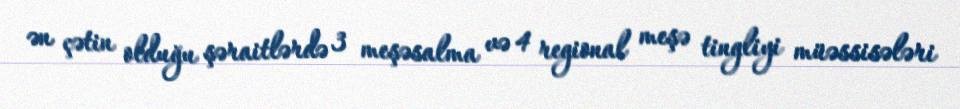
ən çətin olduğu şəraitlərdə 3 meşəsalma və 4 regional meşə tingliyi müəssisələri